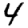
Digit: 4